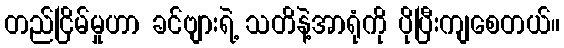
တည်ငြိမ်မှုဟာ ခင်ဗျားရဲ့ သတိနဲ့အာရုံကို ပိုပြီးကျစေတယ်။